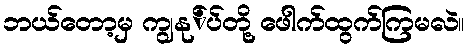
ဘယ်တော့မှ ကျွနု်ပ်တို့ ဖေါက်ထွက်ကြမလဲ။